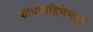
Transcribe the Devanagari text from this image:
शोधमोहिमेमधून